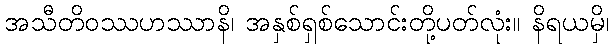
အသီတိဝဿဟဿာနိ၊ အနှစ်ရှစ်သောင်းတို့ပတ်လုံး။ နိရယမှိ၊